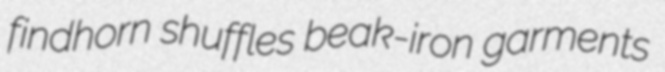
findhorn shuffles beak-iron garments